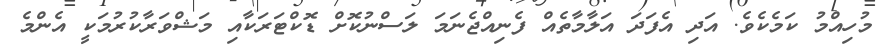
މުހިއްމު ކަމެކެވެ. އަދި އެފަދަ އަލާމާތެއް ފެނިއްޖެނަމަ ލަސްނުކޮށް ޑޮކްޓަރަކާއި މަޝްވަރާކުރުމަކީ އެންމެ